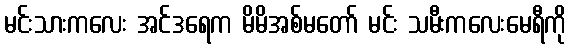
မင်းသားကလေး အင်ဒရေက မိမိအစ်မတော် မင်း သမီးကလေးမေရီကို